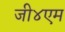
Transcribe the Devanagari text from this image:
जी४एम